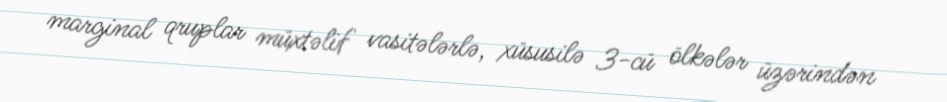
marginal qruplar müxtəlif vasitələrlə, xüsusilə 3-cü ölkələr üzərindən